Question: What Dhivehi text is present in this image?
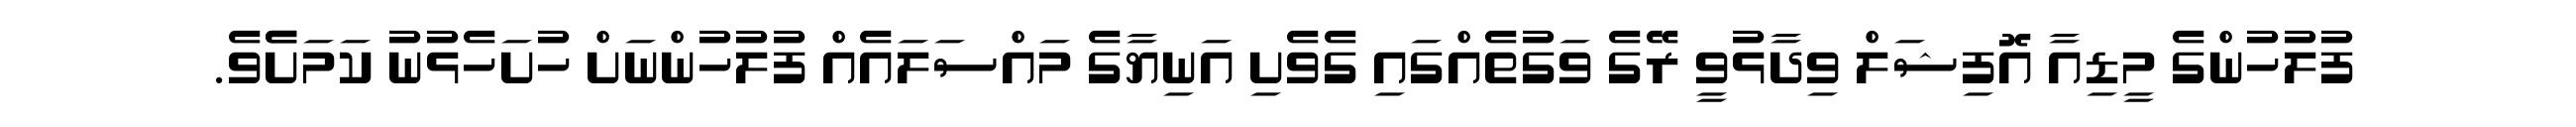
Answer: ފުލުހުންގެ މީޑިއާ އޮފިޝަލް ވިދާޅުވީ ރޭގެ ވަގުތެއްގައި ގެވެށި އަނިޔާގެ މައްސަލައެއް ފުލުހުންނަށް ހުށަހެޅުނު ކަމަށެެވެ.